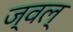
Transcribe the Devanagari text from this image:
ज्वल्